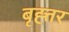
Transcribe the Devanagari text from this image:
बृह्त्तर